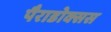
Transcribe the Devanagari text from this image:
पैराडोक्सस